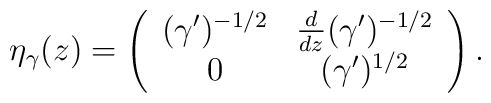
\eta_\gamma(z) = \left(\begin{array}{cc}(\gamma')^{-1/2} &  {d\over dz} (\gamma')^{-1/2}\\0 &  (\gamma')^{1/2} \end{array}\right).